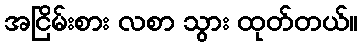
အငြိမ်းစား လစာ သွား ထုတ်တယ်။